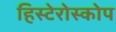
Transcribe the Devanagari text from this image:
हिस्टेरोस्कोप